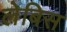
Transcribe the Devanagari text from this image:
लेबिस